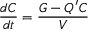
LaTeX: { \frac { d C } { d t } } = { \frac { G - Q ^ { \prime } C } { V } }